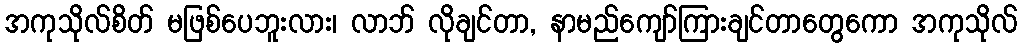
အကုသိုလ်စိတ် မဖြစ်ပေဘူးလား၊ လာဘ် လိုချင်တာ, နာမည်ကျော်ကြားချင်တာတွေကော အကုသိုလ်